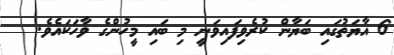
6 އާޔަތުގައި ބަޔާން ކުރެވިފައިވަނީ މި ބައި މީހުންގެ ވާހަކައެވެ.